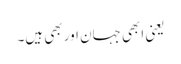
یعنی ابھی جہان اور بھی ہیں۔